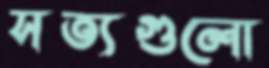
সত্যগুলো